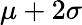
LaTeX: \mu+2\sigma